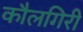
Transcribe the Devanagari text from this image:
कौलगिरी